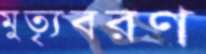
মুত্যৃবরণ